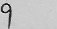
9